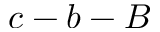
c - b - B